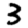
Digit: 3